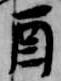
酉